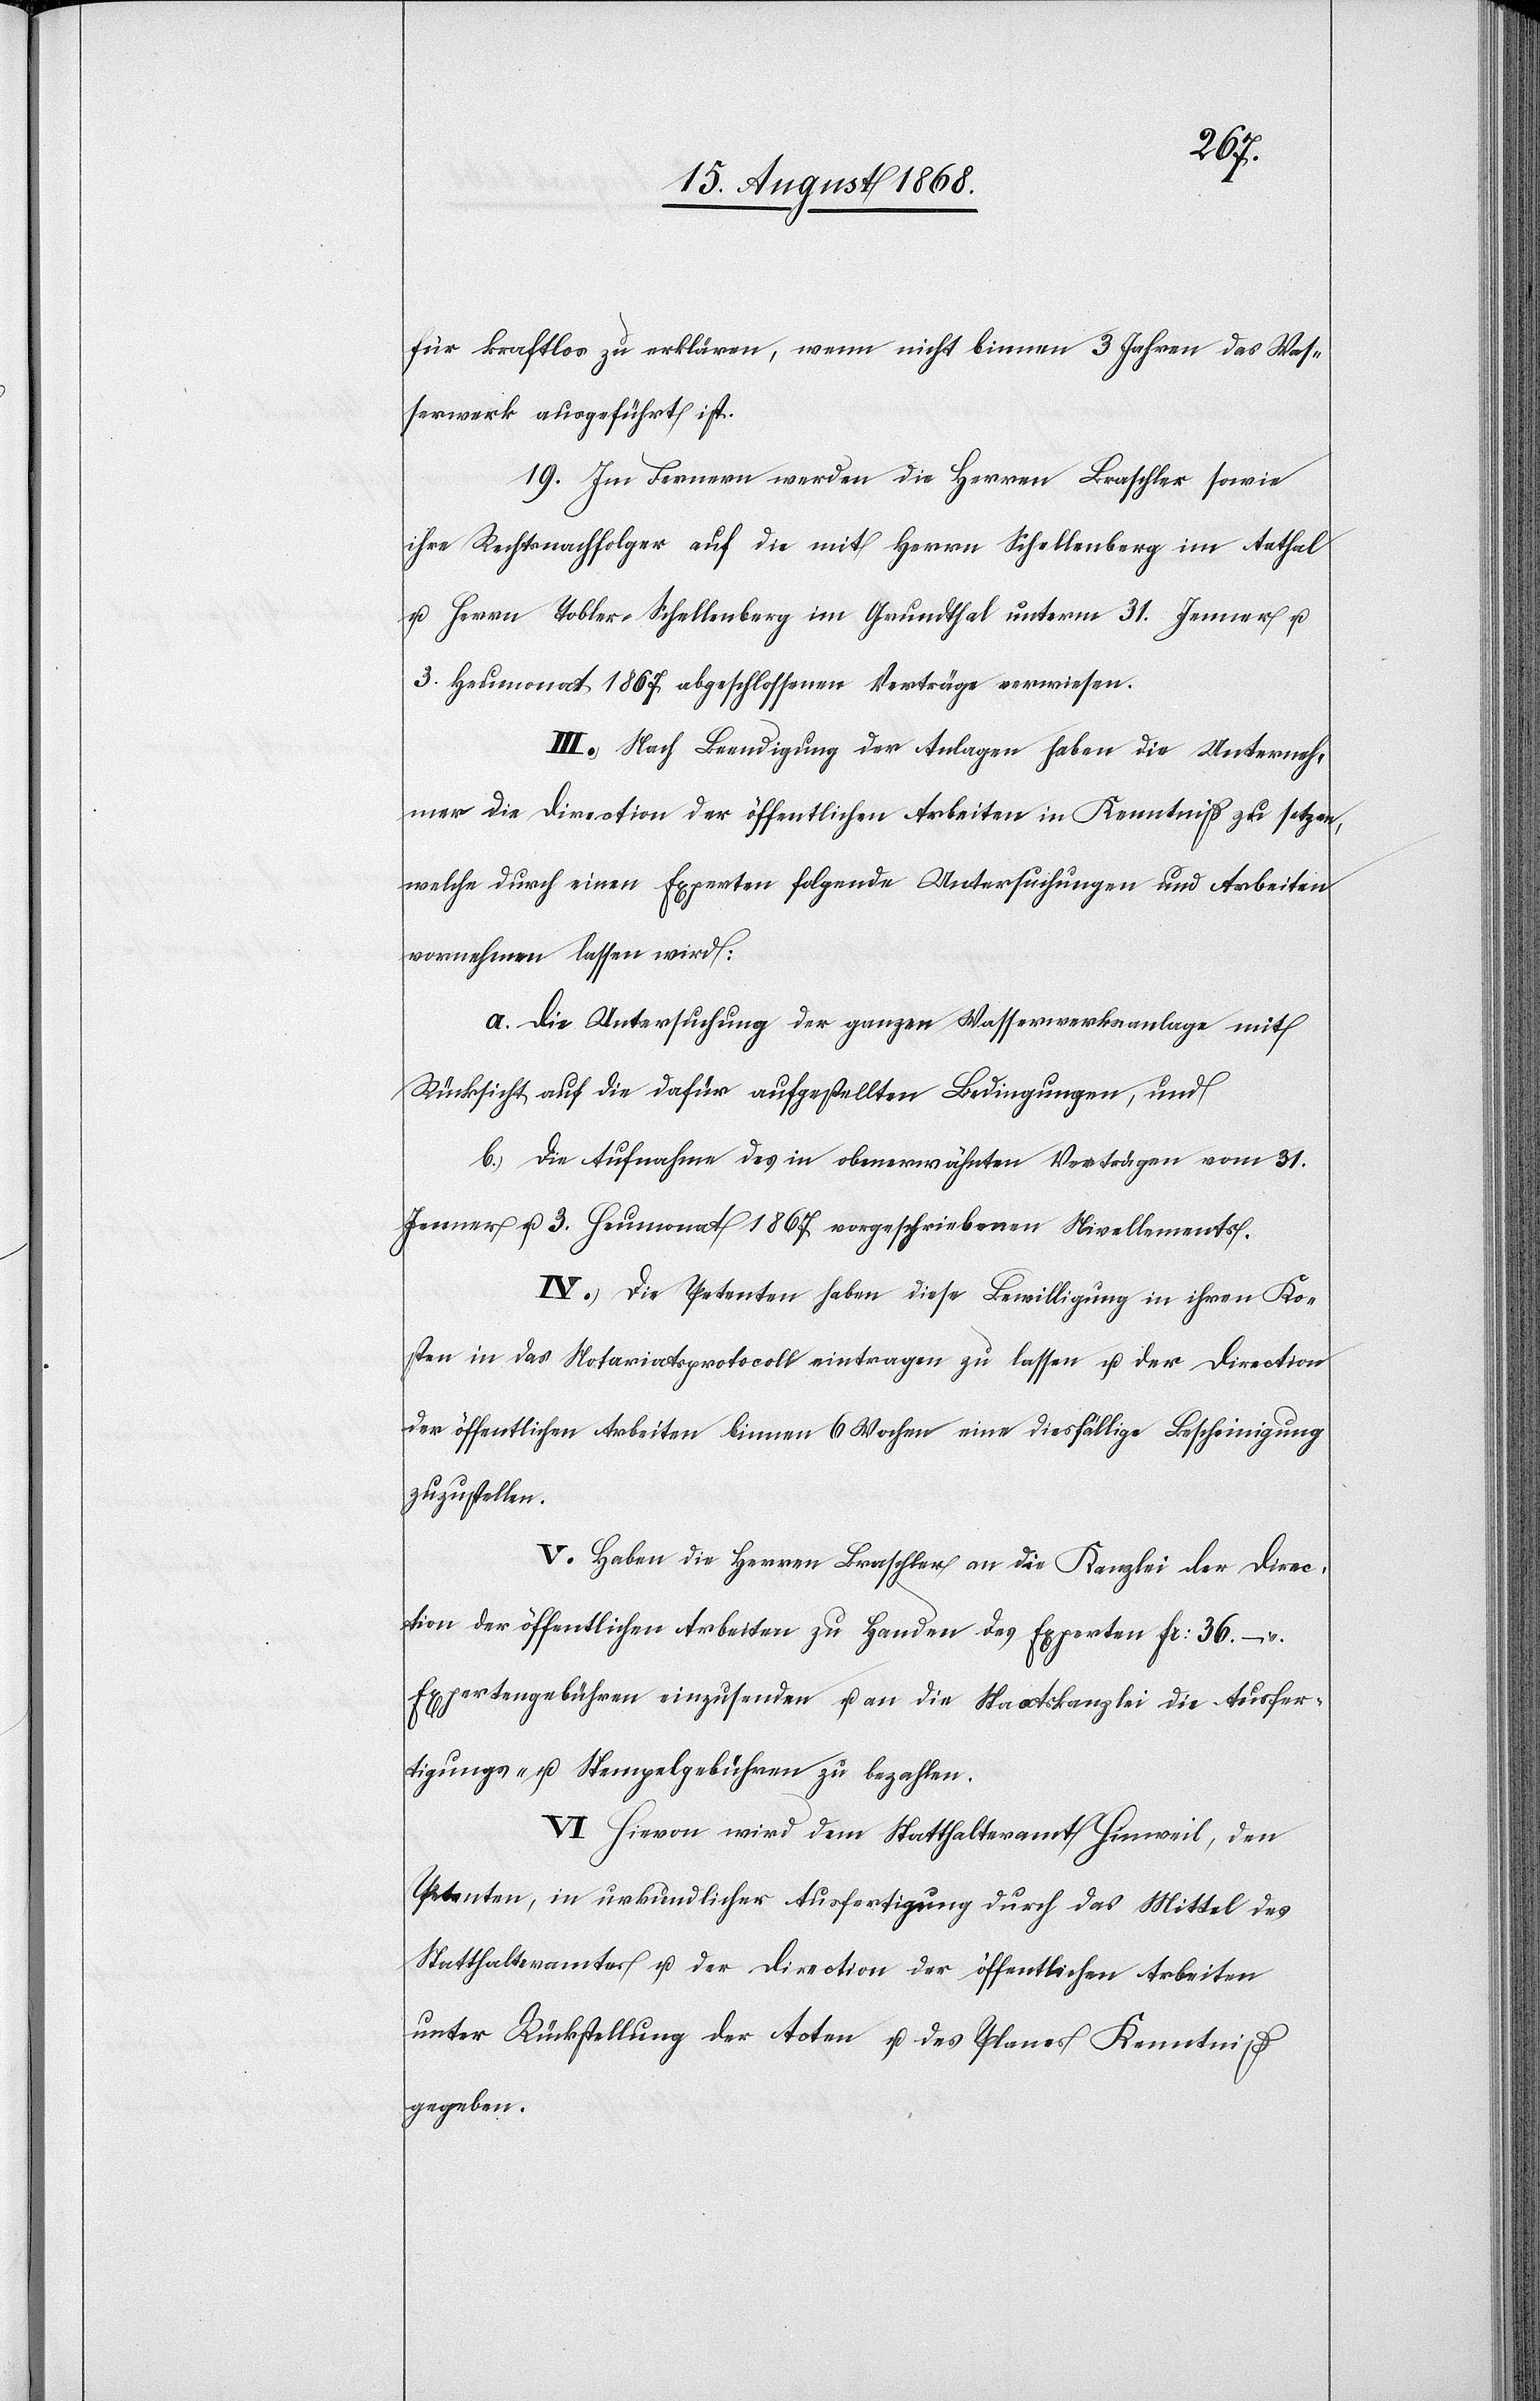
für kraftlos zu erklären, wenn nicht binnen 3 Jahren das Was¬
serwerk ausgeführt ist.
19. Im Fernern werden die Herren Braschler sowie
ihre Rechtsnachfolger auf die mit Herrn Schellenberg im Aathal
u. Herrn Tobler-Schellenberg im Grundthal unterm 31. Jenner u.
3. Heumonat 1867 abgeschlossenen Verträge verwiesen.
III.) Nach Beendigung der Anlagen haben die Unterneh¬
mer die Direction der öffentlichen Arbeiten in Kenntniß zu setzen,
welche durch einen Experten folgende Untersuchungen und Arbeiten
vornehmen lassen wird:
a. die Untersuchung der ganzen Wasserwerksanlage mit
Rücksicht auf die dafür aufgestellten Bedingungen, und
b. die Aufnahme des in obenerwähnten Verträgen vom 31.
Jenner u. 3. Heumonat 1867 vorgeschriebenen Nivellements.
IV.) Die Petenten haben diese Bewilligung in ihren Ko¬
sten in das Notariatsprotocoll eintragen zu lassen u. der Direction
der öffentlichen Arbeiten binnen 6 Wochen eine diesfällige Bescheinigung
zuzustellen.
V.) Haben die Herren Braschler an die Kanzlei der Direc¬
tion der öffentlichen Arbeiten zu Handen des Experten Fr: 36 –
Expertengebühren einzusenden u. an die Staatskanzlei die Ausfer¬
tigungs- u. Stempelgebühren zu bezahlen.
VI.) Hievon wird dem Statthalteramt Hinweil, den
Petenten, in urkundlicher Ausfertigung durch das Mittel des
Statthalteramtes u. der Direction der öffentlichen Arbeiten
unter Rückstellung der Acten u. des Planes Kenntniß
gegeben.